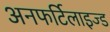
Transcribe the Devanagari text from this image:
अनफर्टिलाइज्ड